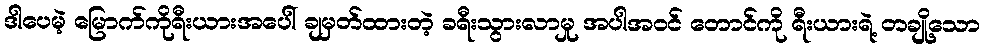
ဒါပေမဲ့ မြောက်ကိုရီးယားအပေါ် ချမှတ်ထားတဲ့ ခရီးသွားလာမှု အပါအဝင် တောင်ကို ရီးယားရဲ့ တချို့သော